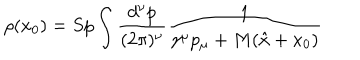
\rho ( x _ { 0 } ) = S p \int \frac { d ^ { \nu } p } { ( 2 \pi ) ^ { \nu } } \frac { 1 } { \gamma ^ { \mu } p _ { \mu } + M ( \hat { x } + x _ { 0 } ) }